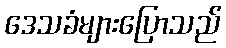
ဒေသခံများပြောသည်